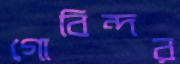
গোবিন্দর